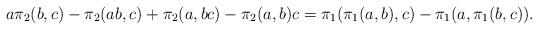
LaTeX: \begin{align*}a\pi_2(b,c) - \pi_2(ab,c) + \pi_2(a,bc) - \pi_2(a,b)c = \pi_1(\pi_1(a,b),c) - \pi_1(a,\pi_1(b,c)).\end{align*}